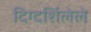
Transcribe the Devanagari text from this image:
दिग्दर्शिलेले